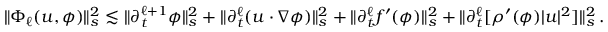
\begin{array} { r } { \| \Phi _ { \ell } ( u , \phi ) \| _ { s } ^ { 2 } \lesssim \| \partial _ { t } ^ { \ell + 1 } \phi \| _ { s } ^ { 2 } + \| \partial _ { t } ^ { \ell } ( u \cdot \nabla \phi ) \| _ { s } ^ { 2 } + \| \partial _ { t } ^ { \ell } f ^ { \prime } ( \phi ) \| _ { s } ^ { 2 } + \| \partial _ { t } ^ { \ell } [ \rho ^ { \prime } ( \phi ) | u | ^ { 2 } ] \| _ { s } ^ { 2 } \, . } \end{array}